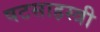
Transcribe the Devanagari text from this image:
षटसाहस्त्री